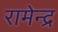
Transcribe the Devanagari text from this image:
रामेन्द्र